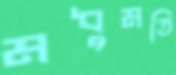
মধুমতি